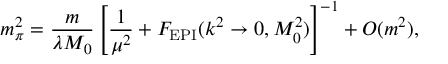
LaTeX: m _ { \pi } ^ { 2 } = \frac { m } { \lambda M _ { 0 } } \left[ \frac { 1 } { \mu ^ { 2 } } + { \cal F } _ { \mathrm { E P I } } ( k ^ { 2 } \rightarrow 0 , M _ { 0 } ^ { 2 } ) \right] ^ { - 1 } + O ( m ^ { 2 } ) ,